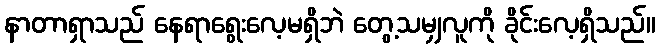
နာတာရှာသည် နေရာရွေးလေ့မရှိဘဲ တွေ့သမျှလူကို ခိုင်းလေ့ရှိသည်။